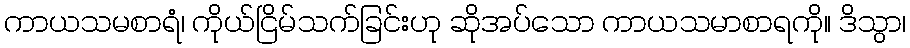
ကာယသမစာရံ၊ ကိုယ်ငြိမ်သက်ခြင်းဟု ဆိုအပ်သော ကာယသမာစာရကို။ ဒိသွာ၊